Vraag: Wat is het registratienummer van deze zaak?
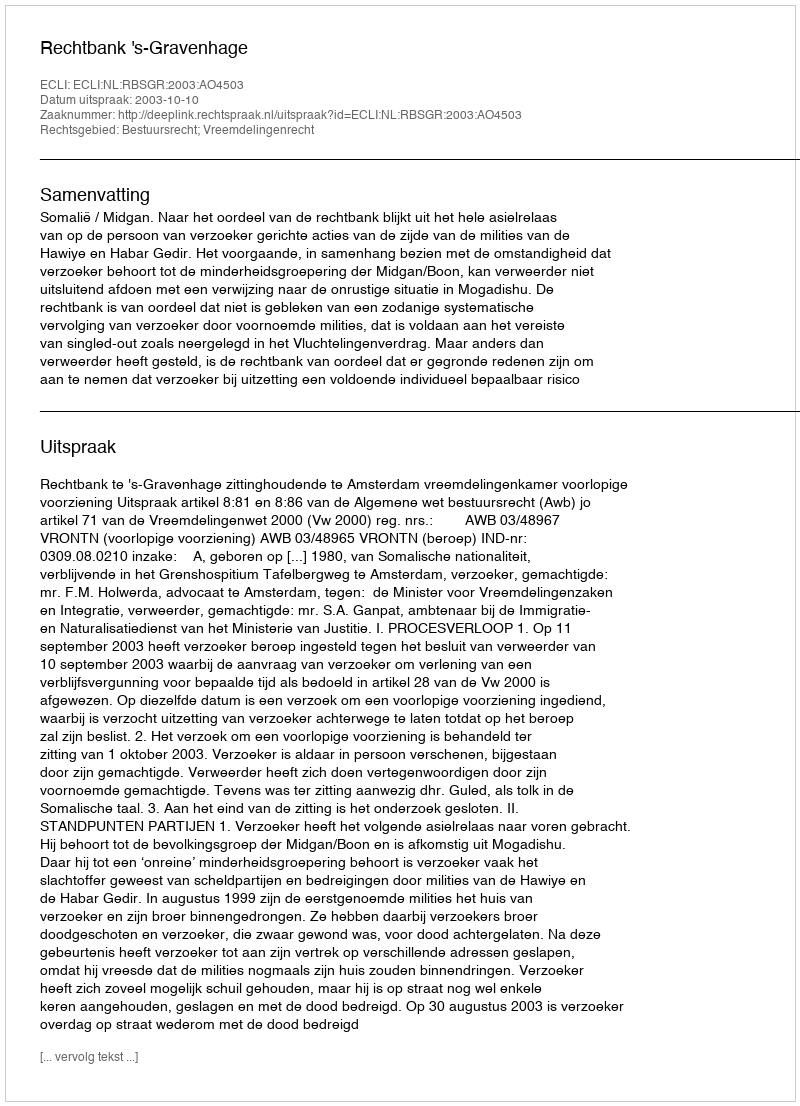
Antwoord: http://deeplink.rechtspraak.nl/uitspraak?id=ECLI:NL:RBSGR:2003:AO4503